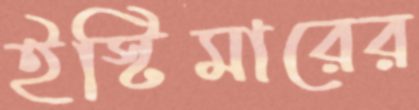
ইস্টিমারের